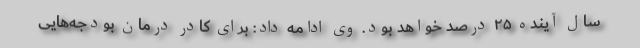
سال آینده ۲۵ درصد خواهد بود. وی ادامه داد: برای کادر درمان بودجه‌هایی